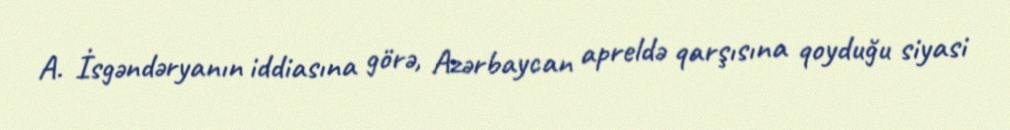
A. İsgəndəryanın iddiasına görə, Azərbaycan apreldə qarşısına qoyduğu siyasi